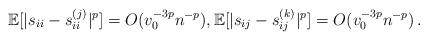
LaTeX: \begin{align*}\mathbb E[|s_{ii}-s_{ii}^{(j)} |^p]=O(v_0^{-3p}n^{-p}),\mathbb E[|s_{ij}-s_{ij}^{(k)}|^p]=O(v_0^{-3p}n^{-p})\,.\end{align*}